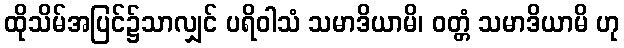
ထိုသိမ်အပြင်၌သာလျှင် ပရိဝါသံ သမာဒိယာမိ၊ ဝတ္တံ သမာဒိယာမိ ဟု